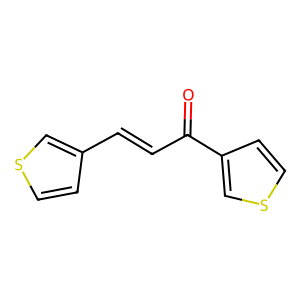
SMILES: O=C(C=Cc1ccsc1)c1ccsc1
Inhibits HIV replication: No